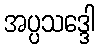
အပ္ပသဒ္ဒေါ